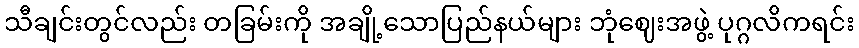
သီချင်းတွင်လည်း တခြမ်းကို အချို့သောပြည်နယ်များ ဘုံဈေးအဖွဲ့ ပုဂ္ဂလိကရင်း